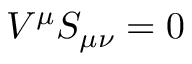
V ^ { \mu } S _ { \mu \nu } = 0